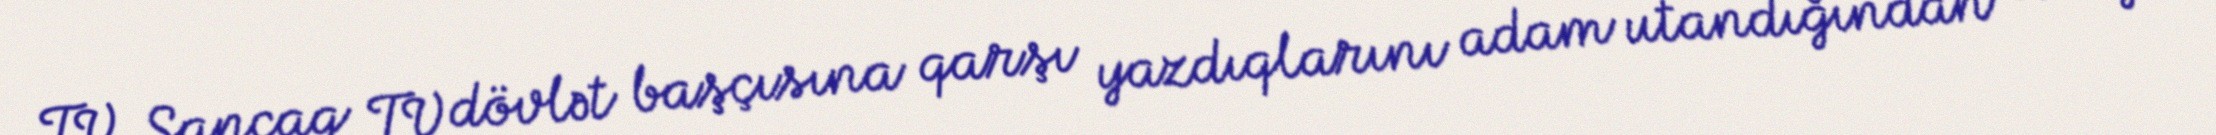
TV, Sancaq TV dövlət başçısına qarşı yazdıqlarını adam utandığından oxuya